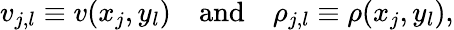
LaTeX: v_{j,l}\equiv v(x_{j},y_{l})\quad\textrm{and}\quad\rho_{j,l}\equiv\rho(x_{j},y_{l}),